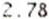
2.78